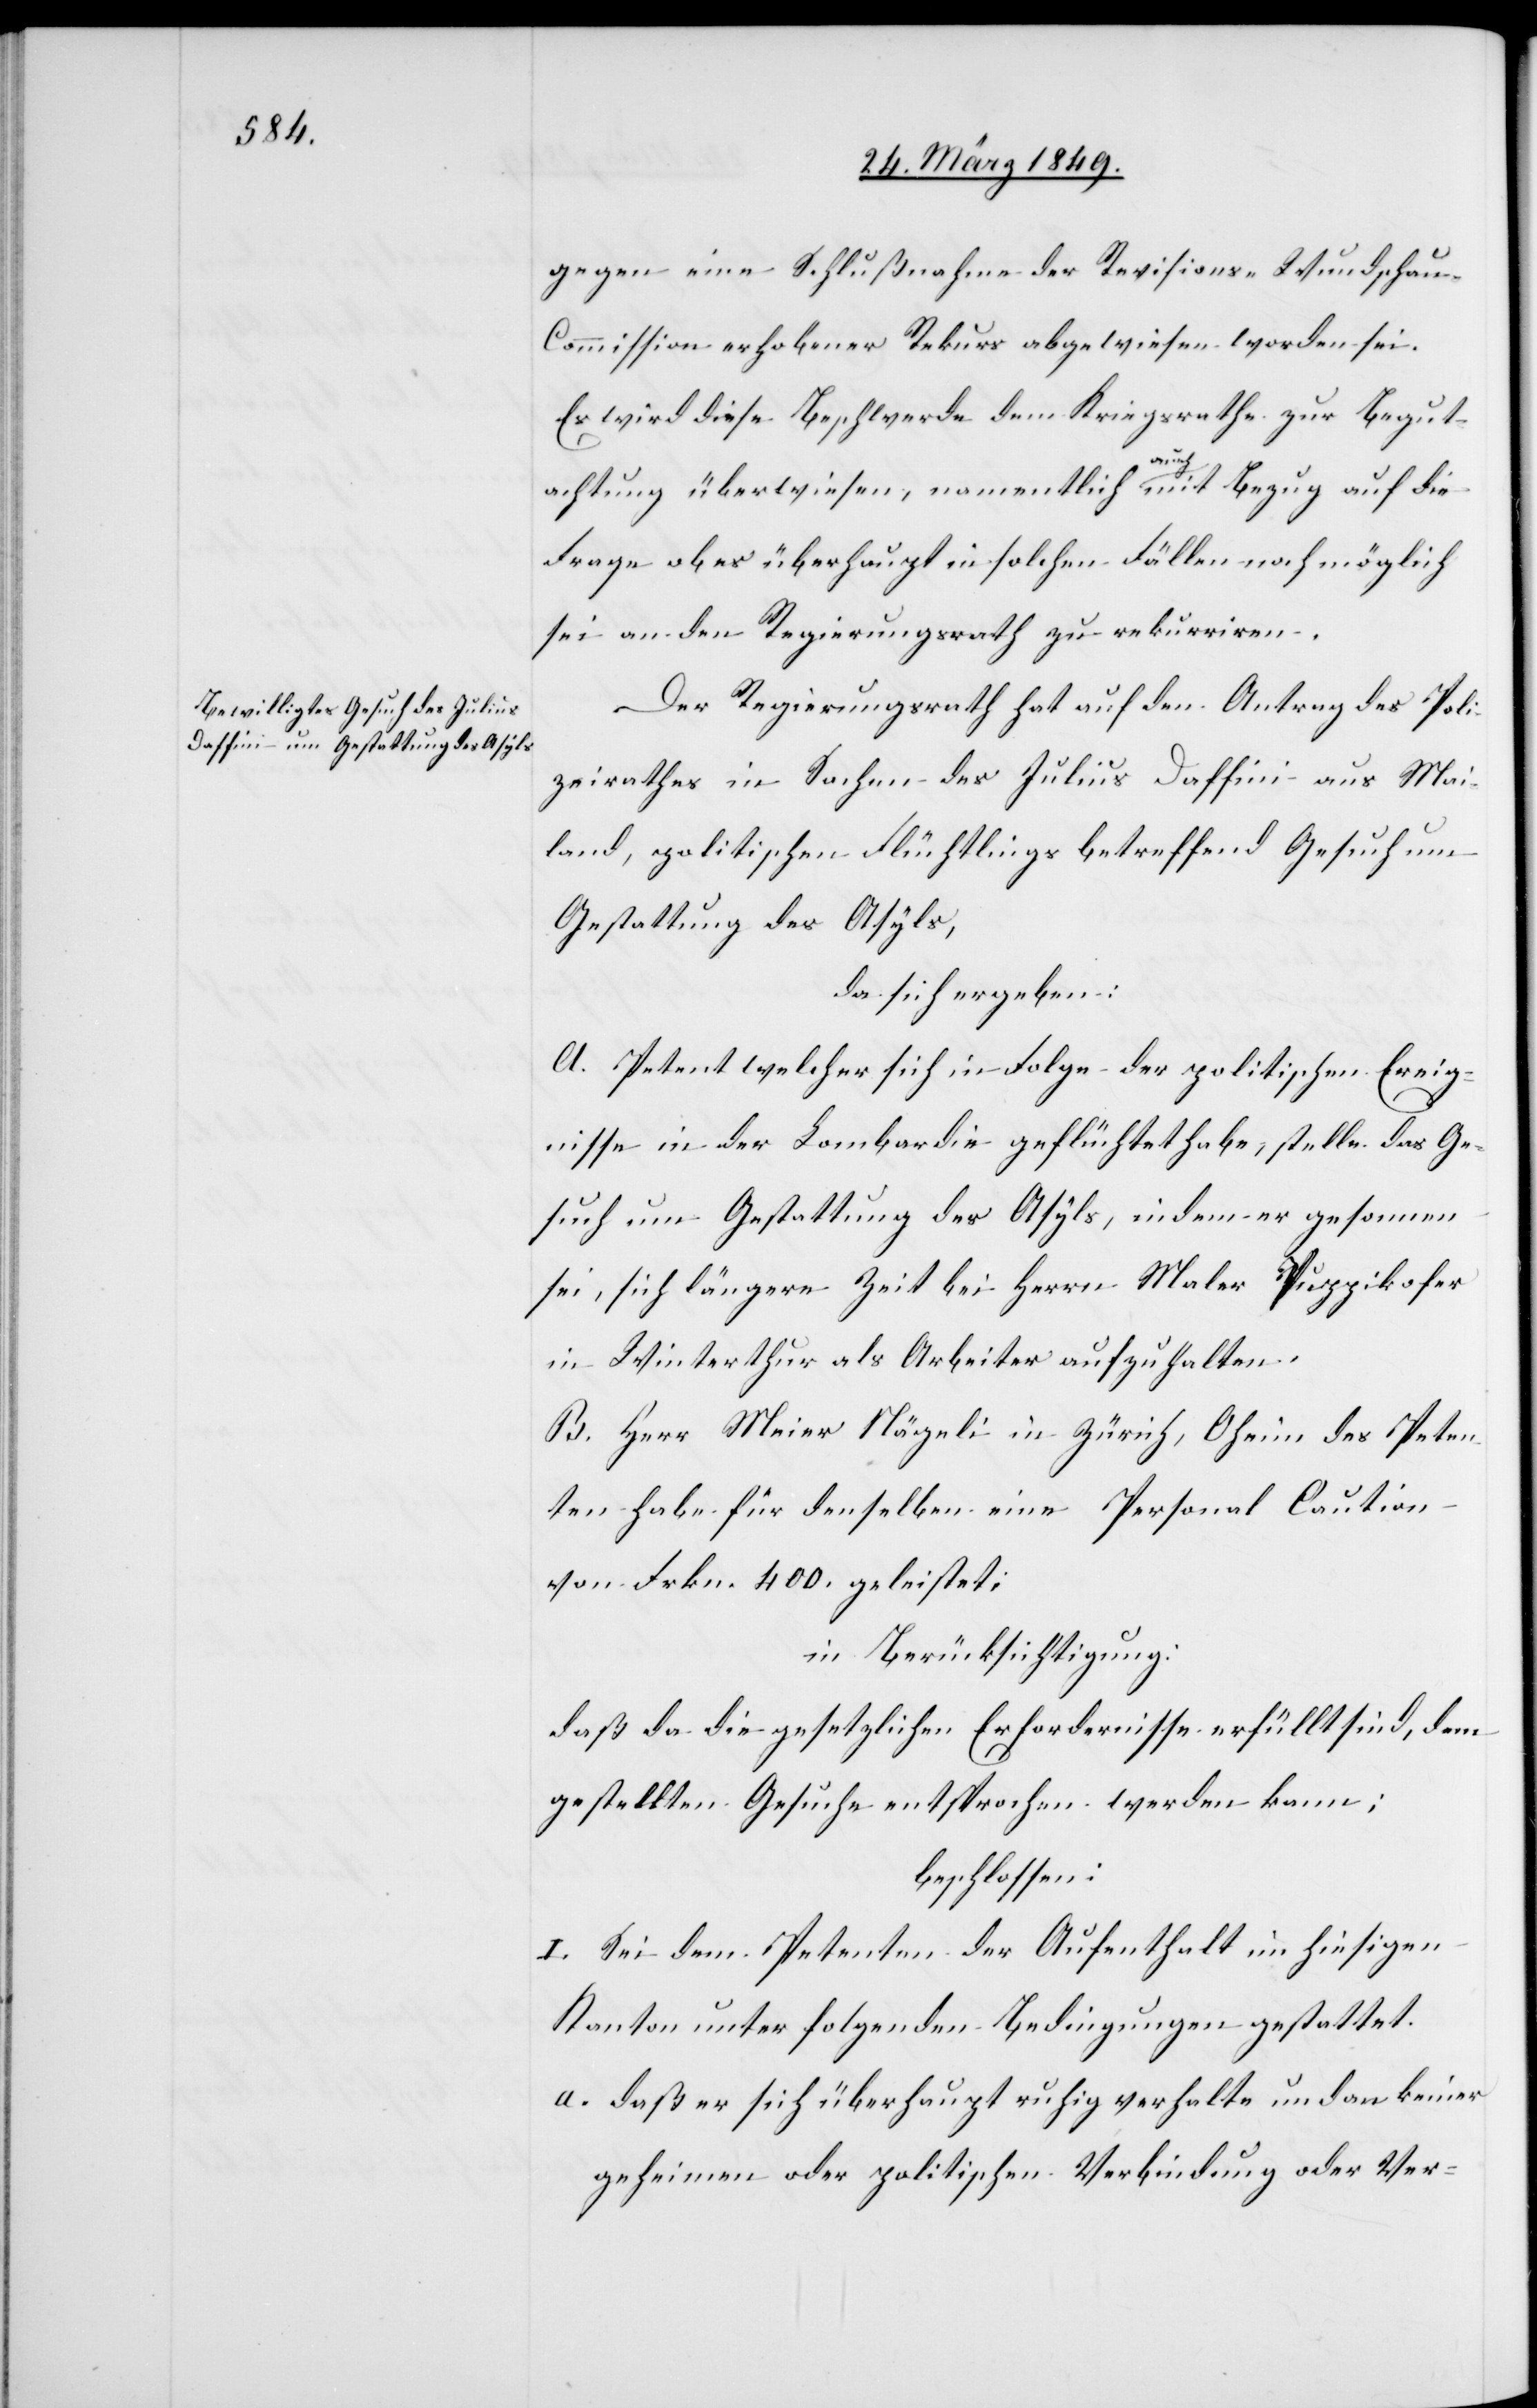
gegen eine Schlußnahme der Revisions-Wundscha¬
u-Commission erhobener Rekurs abgewiesen worden sei.
Es wird diese Beschwerde dem Kriegsrathe zur Begut¬
achtung überwiesen, namentlich auch mit Bezug auf die
Frage ob es überhaupt in solchen Fällen noch möglich
sei an den Regierungsrath zu rekurriren.
Der Regierungsrath hat auf den Antrag des Poli¬
zeirathes in Sachen des Julius Daffini aus Mai¬
land, politischen Flüchtlings betreffend Gesuch um
Gestattung des Asyls,
da sich ergeben:
A. Petent welcher sich in Folge der politischen Ereig¬
nisse in der Lombardei geflüchtet habe, stelle das Ge¬
such um Gestattung des Asyls, indem er gesonnen
sei, sich längere Zeit bei Herrn Maler Puppikofer
in Winterthur als Arbeiter aufzuhalten.
B. Herr Meier Nägeli in Zürich, Oheim des Peten¬
ten habe für denselben eine Personal Caution
von Frkn. 400. geleistet;
in Berücksichtigung:
daß da die gesetzlichen Erfordernisse erfüllt sind, dem
gestellten Gesuche entsprochen werden kann;
beschlossen:
I. Sei dem Petenten der Aufenthalt im hiesigen
Kanton unter folgenden Bedingungen gestattet.
a. daß er sich überhaupt ruhig verhalte und an keiner
geheimen oder politischen Verbindung oder Ver-